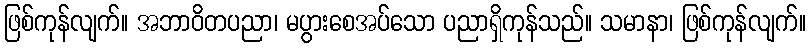
ဖြစ်ကုန်လျက်။ အဘာဝိတပညာ၊ မပွားစေအပ်သော ပညာရှိကုန်သည်။ သမာနာ၊ ဖြစ်ကုန်လျက်။